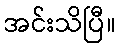
အင်းသိပြီ။